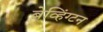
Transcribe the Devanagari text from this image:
बेव्हिंग्टन